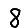
Digit: 8